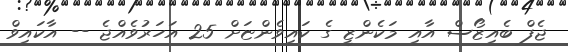
ޖެފް ބެއިޒޯސް އާއި މަކެންޒީ ގެ ކައިވެންޏަށް 25 އަހަރުވެއްޖެ -- އާކައިވް